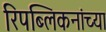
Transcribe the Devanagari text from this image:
रिपब्लिकनांच्या